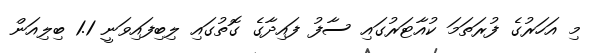
މި އަހަރުގެ ފުރަތަމަ ކުއާޓަރުގައި ސާފު ފައިދާގެ ގޮތުގައި ލިބިފައިވަނީ 1.1 ބިލިއަން